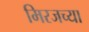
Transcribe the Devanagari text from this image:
मिरजच्या